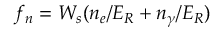
f _ { n } = W _ { s } ( n _ { e } / E _ { R } + n _ { \gamma } / E _ { R } )